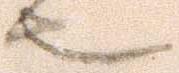
也